Insane asylums in Bengal annual reports 1876-1887 - 1876-1887
Year: 1876
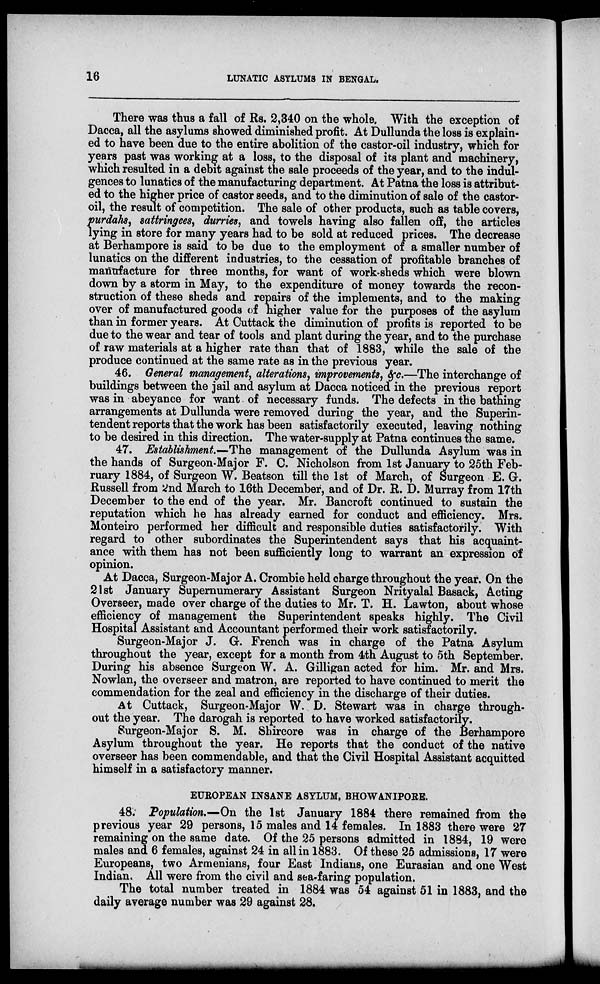
16
LUNATIC ASYLUMS IN BENGAL.
There was thus a fall of Rs. 2,340 on the whole. With the exception of
Dacca, all the asylums showed diminished profit. At Dullunda the loss is explain-
ed to have been due to the entire abolition of the castor-oil industry, which for
years past was working at a loss, to the disposal of its plant and machinery,
which resulted in a debit against the sale proceeds of the year, and to the indul-
gences to lunatics of the manufacturing department. At Patna the loss is attribut-
ed to the higher price of castor seeds, and to the diminution of sale of the castor-
oil, the result of competition. The sale of other products, such as table covers,
purdahs, sattringees, durries, and towels having also fallen off, the articles
lying in store for many years had to be sold at reduced prices. The decrease
at Berhampore is said to be due to the employment of a smaller number of
lunatics on the different industries, to the cessation of profitable branches of
manufacture for three months, for want of work-sheds which were blown
down by a storm in May, to the expenditure of money towards the recon-
struction of these sheds and repairs of the implements, and to the making
over of manufactured goods of higher value for the purposes of the asylum
than in former years. At Cuttack the diminution of profits is reported to be
due to the wear and tear of tools and plant during the year, and to the purchase
of raw materials at a higher rate than that of 1883, while the sale of the
produce continued at the same rate as in the previous year.
46. General management, alterations, improvements, &c.—The interchange of
buildings between the jail and asylum at Dacca noticed in the previous report
was in abeyance for want. of necessary funds. The defects in the bathing
arrangements at Dullunda were removed during the year, and the Superin-
tendent reports that the work has been satisfactorily executed, leaving nothing
to be desired in this direction. The water-supply at Patna continues the same.
47. Establishment.—The management of the Dullunda Asylum was in
the hands of Surgeon-Major F. C. Nicholson from 1st January to 25th Feb-
ruary 1884, of Surgeon W. Beatson till the 1st of March, of Surgeon E. G.
Russell from 2nd March to 16th December, and of Dr. R. D. Murray from 17th
December to the end of the year. Mr. Bancroft continued to sustain the
reputation which he has already earned for conduct and efficiency. Mrs.
Monteiro performed her difficult and responsible duties satisfactorily. With
regard to other subordinates the Superintendent says that his acquaint-
ance with them has not been sufficiently long to warrant an expression of
opinion.
At Dacca, Surgeon-Major A. Crombie held charge throughout the year. On the
21st January Supernumerary Assistant Surgeon Nrityalal Basack, Acting
Overseer, made over charge of the duties to Mr. T. H. Lawton, about whose
efficiency of management the Superintendent speaks highly. The Civil
Hospital Assistant and Accountant performed their work satisfactorily.
Surgeon-Major J. G. French was in charge of the Patna Asylum
throughout the year, except for a month from 4th August to 5th September.
During his absence Surgeon W. A. Gilligan acted for him. Mr. and Mrs.
Nowlan, the overseer and matron, are reported to have continued to merit the
commendation for the zeal and efficiency in the discharge of their duties.
At Cuttack, Surgeon-Major W. D. Stewart was in charge through-
out the year. The darogah is reported to have worked satisfactorily.
Surgeon-Major S. M. Shircore was in charge of the Berhampore
Asylum throughout the year. He reports that the conduct of the native
overseer has been commendable, and that the Civil Hospital Assistant acquitted
himself in a satisfactory manner.
EUROPEAN INSANE ASYLUM, BHOWANIPORE.
48. Population.—On the 1st January 1884 there remained from the
previous year 29 persons, 15 males and 14 females. In 1883 there were 27
remaining on the same date. Of the 25 persons admitted in 1884, 19 were
males and 6 females, against 24 in all in 1883. Of these 25 admissions, 17 were
Europeans, two Armenians, four East Indians, one Eurasian and one West
Indian. All were from the civil and sea-faring population.
The total number treated in 1884 was 54 against 51 in 1883, and the
daily average number was 29 against 28.